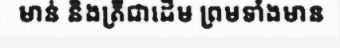
មាន់ និងត្រីជាដើម ព្រមទាំងមាន